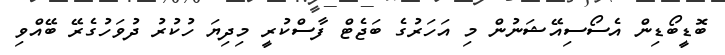
ބޮޑީބޯޑިން އެސޯސިއޭޝަނުން މި އަހަރުގެ ބަޖެޓް ފާސްކުރީ މިދިޔަ ހުކުރު ދުވަހުގެރޭ ބޭއްވި